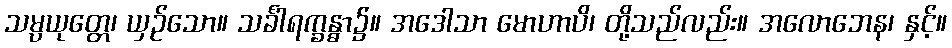
သမ္ပယုတ္တေ၊ ယှဉ်သော။ သင်္ခါရက္ခန္ဓာ၌။ အဒေါသာ မောဟာပိ၊ တို့သည်လည်း။ အလောဘေန၊ နှင့်။